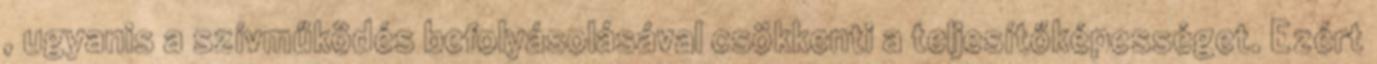
, ugyanis a szívműködés befolyásolásával csökkenti a teljesítőképességet. Ezért